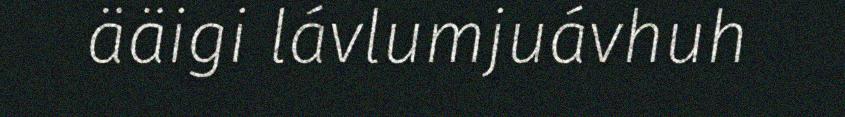
ääigi lávlumjuávhuh